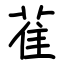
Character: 雈